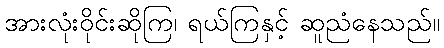
အားလုံးဝိုင်းဆိုကြ၊ ရယ်ကြနှင့် ဆူညံနေသည်။